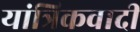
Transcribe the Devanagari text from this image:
यांत्रिकवादी